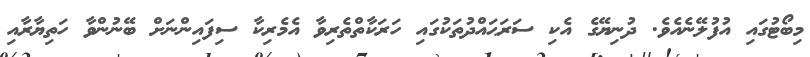
މިބޯޓުގައި އުފުލޭނެއެވެ. ދުނިޔޭގެ އެކި ސަރަޙައްދުތަކުގައި ހަރަކާތްތެރިވާ އެމެރިކާ ސިފައިންނަށް ބޭނުންވާ ހަތިޔާރާއި